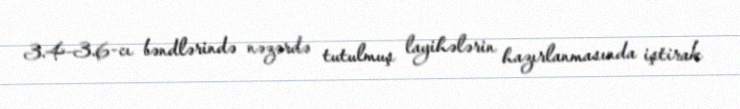
3.4–3.6-cı bəndlərində nəzərdə tutulmuş layihələrin hazırlanmasında iştirak